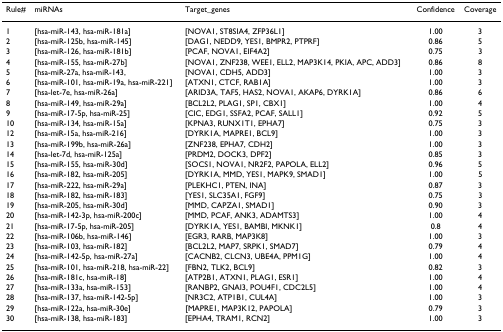
<table><thead><tr><td><b>Rule#</b></td><td><b>miRNAs</b></td><td><b>Target_genes</b></td><td><b>Confidence</b></td><td><b>Coverage</b></td></tr></thead><tbody><tr><td>1</td><td>[hsa-miR-143, hsa-miR-181a]</td><td>[NOVA1, ST8SIA4, ZFP36L1]</td><td>1.00</td><td>3</td></tr><tr><td>2</td><td>[hsa-miR-125b, hsa-miR-145]</td><td>[DAG1, NEDD9, YES1, BMPR2, PTPRF]</td><td>0.86</td><td>5</td></tr><tr><td>3</td><td>[hsa-miR-126, hsa-miR-181b]</td><td>[PCAF, NOVA1, EIF4A2]</td><td>0.75</td><td>3</td></tr><tr><td>4</td><td>[hsa-miR-155, hsa-miR-27b]</td><td>[NOVA1, ZNF238, WEE1, ELL2, MAP3K14, PKIA, APC, ADD3]</td><td>0.86</td><td>8</td></tr><tr><td>5</td><td>[hsa-miR-27a, hsa-miR-143,</td><td>[NOVA1, CDH5, ADD3]</td><td>1.00</td><td>3</td></tr><tr><td>6</td><td>[hsa-miR-101, hsa-miR-19a, hsa-miR-221]</td><td>[ATXN1, CTCF, RAB1A]</td><td>1.00</td><td>3</td></tr><tr><td>7</td><td>[hsa-let-7e, hsa-miR-26a]</td><td>[ARID3A, TAF5, HAS2, NOVA1, AKAP6, DYRK1A]</td><td>0.86</td><td>6</td></tr><tr><td>8</td><td>[hsa-miR-149, hsa-miR-29a]</td><td>[BCL2L2, PLAG1, SP1, CBX1]</td><td>1.00</td><td>4</td></tr><tr><td>9</td><td>[hsa-miR-17-5p, hsa-miR-25]</td><td>[CIC, EDG1, SSFA2, PCAF, SALL1]</td><td>0.92</td><td>5</td></tr><tr><td>10</td><td>[hsa-miR-134, hsa-miR-15a]</td><td>[KPNA3, RUNX1T1, EPHA7]</td><td>0.75</td><td>3</td></tr><tr><td>12</td><td>[hsa-miR-15a, hsa-miR-216]</td><td>[DYRK1A, MAPRE1, BCL9]</td><td>1.00</td><td>3</td></tr><tr><td>13</td><td>[hsa-miR-199b, hsa-miR-26a]</td><td>[ZNF238, EPHA7, CDH2]</td><td>1.00</td><td>3</td></tr><tr><td>14</td><td>[hsa-let-7d, hsa-miR-125a]</td><td>[PRDM2, DOCK3, DPF2]</td><td>0.85</td><td>3</td></tr><tr><td>15</td><td>[hsa-miR-155, hsa-miR-30d]</td><td>[SOCS1, NOVA1, NR2F2, PAPOLA, ELL2]</td><td>0.96</td><td>5</td></tr><tr><td>16</td><td>[hsa-miR-182, hsa-miR-205]</td><td>[DYRK1A, MMD, YES1, MAPK9, SMAD1]</td><td>1.00</td><td>5</td></tr><tr><td>17</td><td>[hsa-miR-222, hsa-miR-29a]</td><td>[PLEKHC1, PTEN, INA]</td><td>0.87</td><td>3</td></tr><tr><td>18</td><td>[hsa-miR-182, hsa-miR-183]</td><td>[YES1, SLC35A1, FGF9]</td><td>0.75</td><td>3</td></tr><tr><td>19</td><td>[hsa-miR-205, hsa-miR-30d]</td><td>[MMD, CAPZA1, SMAD1]</td><td>0.90</td><td>3</td></tr><tr><td>20</td><td>[hsa-miR-142-3p, hsa-miR-200c]</td><td>[MMD, PCAF, ANK3, ADAMTS3]</td><td>1.00</td><td>4</td></tr><tr><td>21</td><td>[hsa-miR-17-5p, hsa-miR-205]</td><td>[DYRK1A, YES1, BAMBI, MKNK1]</td><td>0.8</td><td>4</td></tr><tr><td>22</td><td>[hsa-miR-106b, hsa-miR-146]</td><td>[EGR3, RARB, MAP3K8]</td><td>1.00</td><td>3</td></tr><tr><td>23</td><td>[hsa-miR-103, hsa-miR-182]</td><td>[BCL2L2, MAP7, SRPK1, SMAD7]</td><td>0.79</td><td>4</td></tr><tr><td>24</td><td>[hsa-miR-142-5p, hsa-miR-27a]</td><td>[CACNB2, CLCN3, UBE4A, PPM1G]</td><td>1.00</td><td>4</td></tr><tr><td>25</td><td>[hsa-miR-101, hsa-miR-218, hsa-miR-22]</td><td>[FBN2, TLK2, BCL9]</td><td>0.82</td><td>3</td></tr><tr><td>26</td><td>[hsa-miR-181c, hsa-miR-18]</td><td>[ATP2B1, ATXN1, PLAG1, ESR1]</td><td>1.00</td><td>4</td></tr><tr><td>27</td><td>[hsa-miR-133a, hsa-miR-153]</td><td>[RANBP2, GNAI3, POU4F1, CDC2L5]</td><td>1.00</td><td>4</td></tr><tr><td>28</td><td>[hsa-miR-137, hsa-miR-142-5p]</td><td>[NR3C2, ATP1B1, CUL4A]</td><td>1.00</td><td>3</td></tr><tr><td>29</td><td>[hsa-miR-122a, hsa-miR-30e]</td><td>[MAPRE1, MAP3K12, PAPOLA]</td><td>0.79</td><td>3</td></tr><tr><td>30</td><td>[hsa-miR-138, hsa-miR-183]</td><td>[EPHA4, TRAM1, RCN2]</td><td>1.00</td><td>3</td></tr></tbody></table>